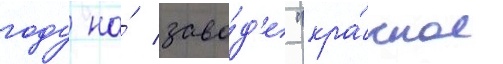
году на́ заво́д'е "кра́сное